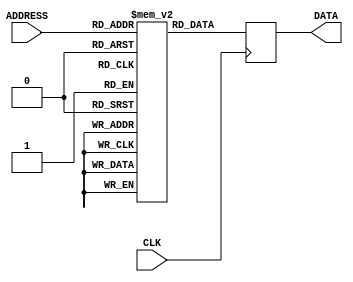
/* ============================================================================
 *  Title       : Prime number ROM
 *
 *  Project     :
 *  Block       :
 *  Tree        :
 *  Designer    : toms74209200 <https://github.com/toms74209200>
 *  Copyright   : 2019 toms74209200
 *  License     : MIT License.
 *                http://opensource.org/licenses/mit-license.php
 * ============================================================================*/
module PRIME_ROM
    (
    // System
    CLK,        //(p) Clock

    // ROM interface
    ADDRESS,    //(p) Address
    DATA        //(p) Data
    );

// Port
// System
input           CLK;        //(p) Clock

// ROM interface
input  [10:0]   ADDRESS;    //(p) Address
output [15:0]   DATA;       //(p) Data

// Internal signals
reg [15:0]      rom_prime[0:1227];  // ROM table
reg [15:0]      data_i;             // Data

/* ============================================================================
 * ROM table
 * ============================================================================*/
initial begin
rom_prime[0]    = 16'h0003;
rom_prime[1]    = 16'h0005;
rom_prime[2]    = 16'h0007;
rom_prime[3]    = 16'h000B;
rom_prime[4]    = 16'h000D;
rom_prime[5]    = 16'h0011;
rom_prime[6]    = 16'h0013;
rom_prime[7]    = 16'h0017;
rom_prime[8]    = 16'h001D;
rom_prime[9]    = 16'h001F;
rom_prime[10]   = 16'h0025;
rom_prime[11]   = 16'h0029;
rom_prime[12]   = 16'h002B;
rom_prime[13]   = 16'h002F;
rom_prime[14]   = 16'h0035;
rom_prime[15]   = 16'h003B;
rom_prime[16]   = 16'h003D;
rom_prime[17]   = 16'h0043;
rom_prime[18]   = 16'h0047;
rom_prime[19]   = 16'h0049;
rom_prime[20]   = 16'h004F;
rom_prime[21]   = 16'h0053;
rom_prime[22]   = 16'h0059;
rom_prime[23]   = 16'h0061;
rom_prime[24]   = 16'h0065;
rom_prime[25]   = 16'h0067;
rom_prime[26]   = 16'h006B;
rom_prime[27]   = 16'h006D;
rom_prime[28]   = 16'h0071;
rom_prime[29]   = 16'h007F;
rom_prime[30]   = 16'h0083;
rom_prime[31]   = 16'h0089;
rom_prime[32]   = 16'h008B;
rom_prime[33]   = 16'h0095;
rom_prime[34]   = 16'h0097;
rom_prime[35]   = 16'h009D;
rom_prime[36]   = 16'h00A3;
rom_prime[37]   = 16'h00A7;
rom_prime[38]   = 16'h00AD;
rom_prime[39]   = 16'h00B3;
rom_prime[40]   = 16'h00B5;
rom_prime[41]   = 16'h00BF;
rom_prime[42]   = 16'h00C1;
rom_prime[43]   = 16'h00C5;
rom_prime[44]   = 16'h00C7;
rom_prime[45]   = 16'h00D3;
rom_prime[46]   = 16'h00DF;
rom_prime[47]   = 16'h00E3;
rom_prime[48]   = 16'h00E5;
rom_prime[49]   = 16'h00E9;
rom_prime[50]   = 16'h00EF;
rom_prime[51]   = 16'h00F1;
rom_prime[52]   = 16'h00FB;
rom_prime[53]   = 16'h0101;
rom_prime[54]   = 16'h0107;
rom_prime[55]   = 16'h010D;
rom_prime[56]   = 16'h010F;
rom_prime[57]   = 16'h0115;
rom_prime[58]   = 16'h0119;
rom_prime[59]   = 16'h011B;
rom_prime[60]   = 16'h0125;
rom_prime[61]   = 16'h0133;
rom_prime[62]   = 16'h0137;
rom_prime[63]   = 16'h0139;
rom_prime[64]   = 16'h013D;
rom_prime[65]   = 16'h014B;
rom_prime[66]   = 16'h0151;
rom_prime[67]   = 16'h015B;
rom_prime[68]   = 16'h015D;
rom_prime[69]   = 16'h0161;
rom_prime[70]   = 16'h0167;
rom_prime[71]   = 16'h016F;
rom_prime[72]   = 16'h0175;
rom_prime[73]   = 16'h017B;
rom_prime[74]   = 16'h017F;
rom_prime[75]   = 16'h0185;
rom_prime[76]   = 16'h018D;
rom_prime[77]   = 16'h0191;
rom_prime[78]   = 16'h0199;
rom_prime[79]   = 16'h01A3;
rom_prime[80]   = 16'h01A5;
rom_prime[81]   = 16'h01AF;
rom_prime[82]   = 16'h01B1;
rom_prime[83]   = 16'h01B7;
rom_prime[84]   = 16'h01BB;
rom_prime[85]   = 16'h01C1;
rom_prime[86]   = 16'h01C9;
rom_prime[87]   = 16'h01CD;
rom_prime[88]   = 16'h01CF;
rom_prime[89]   = 16'h01D3;
rom_prime[90]   = 16'h01DF;
rom_prime[91]   = 16'h01E7;
rom_prime[92]   = 16'h01EB;
rom_prime[93]   = 16'h01F3;
rom_prime[94]   = 16'h01F7;
rom_prime[95]   = 16'h01FD;
rom_prime[96]   = 16'h0209;
rom_prime[97]   = 16'h020B;
rom_prime[98]   = 16'h021D;
rom_prime[99]   = 16'h0223;
rom_prime[100]  = 16'h022D;
rom_prime[101]  = 16'h0233;
rom_prime[102]  = 16'h0239;
rom_prime[103]  = 16'h023B;
rom_prime[104]  = 16'h0241;
rom_prime[105]  = 16'h024B;
rom_prime[106]  = 16'h0251;
rom_prime[107]  = 16'h0257;
rom_prime[108]  = 16'h0259;
rom_prime[109]  = 16'h025F;
rom_prime[110]  = 16'h0265;
rom_prime[111]  = 16'h0269;
rom_prime[112]  = 16'h026B;
rom_prime[113]  = 16'h0277;
rom_prime[114]  = 16'h0281;
rom_prime[115]  = 16'h0283;
rom_prime[116]  = 16'h0287;
rom_prime[117]  = 16'h028D;
rom_prime[118]  = 16'h0293;
rom_prime[119]  = 16'h0295;
rom_prime[120]  = 16'h02A1;
rom_prime[121]  = 16'h02A5;
rom_prime[122]  = 16'h02AB;
rom_prime[123]  = 16'h02B3;
rom_prime[124]  = 16'h02BD;
rom_prime[125]  = 16'h02C5;
rom_prime[126]  = 16'h02CF;
rom_prime[127]  = 16'h02D7;
rom_prime[128]  = 16'h02DD;
rom_prime[129]  = 16'h02E3;
rom_prime[130]  = 16'h02E7;
rom_prime[131]  = 16'h02EF;
rom_prime[132]  = 16'h02F5;
rom_prime[133]  = 16'h02F9;
rom_prime[134]  = 16'h0301;
rom_prime[135]  = 16'h0305;
rom_prime[136]  = 16'h0313;
rom_prime[137]  = 16'h031D;
rom_prime[138]  = 16'h0329;
rom_prime[139]  = 16'h032B;
rom_prime[140]  = 16'h0335;
rom_prime[141]  = 16'h0337;
rom_prime[142]  = 16'h033B;
rom_prime[143]  = 16'h033D;
rom_prime[144]  = 16'h0347;
rom_prime[145]  = 16'h0355;
rom_prime[146]  = 16'h0359;
rom_prime[147]  = 16'h035B;
rom_prime[148]  = 16'h035F;
rom_prime[149]  = 16'h036D;
rom_prime[150]  = 16'h0371;
rom_prime[151]  = 16'h0373;
rom_prime[152]  = 16'h0377;
rom_prime[153]  = 16'h038B;
rom_prime[154]  = 16'h038F;
rom_prime[155]  = 16'h0397;
rom_prime[156]  = 16'h03A1;
rom_prime[157]  = 16'h03A9;
rom_prime[158]  = 16'h03AD;
rom_prime[159]  = 16'h03B3;
rom_prime[160]  = 16'h03B9;
rom_prime[161]  = 16'h03C7;
rom_prime[162]  = 16'h03CB;
rom_prime[163]  = 16'h03D1;
rom_prime[164]  = 16'h03D7;
rom_prime[165]  = 16'h03DF;
rom_prime[166]  = 16'h03E5;
rom_prime[167]  = 16'h03F1;
rom_prime[168]  = 16'h03F5;
rom_prime[169]  = 16'h03FB;
rom_prime[170]  = 16'h03FD;
rom_prime[171]  = 16'h0407;
rom_prime[172]  = 16'h0409;
rom_prime[173]  = 16'h040F;
rom_prime[174]  = 16'h0419;
rom_prime[175]  = 16'h041B;
rom_prime[176]  = 16'h0425;
rom_prime[177]  = 16'h0427;
rom_prime[178]  = 16'h042D;
rom_prime[179]  = 16'h043F;
rom_prime[180]  = 16'h0443;
rom_prime[181]  = 16'h0445;
rom_prime[182]  = 16'h0449;
rom_prime[183]  = 16'h044F;
rom_prime[184]  = 16'h0455;
rom_prime[185]  = 16'h045D;
rom_prime[186]  = 16'h0463;
rom_prime[187]  = 16'h0469;
rom_prime[188]  = 16'h047F;
rom_prime[189]  = 16'h0481;
rom_prime[190]  = 16'h048B;
rom_prime[191]  = 16'h0493;
rom_prime[192]  = 16'h049D;
rom_prime[193]  = 16'h04A3;
rom_prime[194]  = 16'h04A9;
rom_prime[195]  = 16'h04B1;
rom_prime[196]  = 16'h04BD;
rom_prime[197]  = 16'h04C1;
rom_prime[198]  = 16'h04C7;
rom_prime[199]  = 16'h04CD;
rom_prime[200]  = 16'h04CF;
rom_prime[201]  = 16'h04D5;
rom_prime[202]  = 16'h04E1;
rom_prime[203]  = 16'h04EB;
rom_prime[204]  = 16'h04FD;
rom_prime[205]  = 16'h04FF;
rom_prime[206]  = 16'h0503;
rom_prime[207]  = 16'h0509;
rom_prime[208]  = 16'h050B;
rom_prime[209]  = 16'h0511;
rom_prime[210]  = 16'h0515;
rom_prime[211]  = 16'h0517;
rom_prime[212]  = 16'h051B;
rom_prime[213]  = 16'h0527;
rom_prime[214]  = 16'h0529;
rom_prime[215]  = 16'h052F;
rom_prime[216]  = 16'h0551;
rom_prime[217]  = 16'h0557;
rom_prime[218]  = 16'h055D;
rom_prime[219]  = 16'h0565;
rom_prime[220]  = 16'h0577;
rom_prime[221]  = 16'h0581;
rom_prime[222]  = 16'h058F;
rom_prime[223]  = 16'h0593;
rom_prime[224]  = 16'h0595;
rom_prime[225]  = 16'h0599;
rom_prime[226]  = 16'h059F;
rom_prime[227]  = 16'h05A7;
rom_prime[228]  = 16'h05AB;
rom_prime[229]  = 16'h05AD;
rom_prime[230]  = 16'h05B3;
rom_prime[231]  = 16'h05BF;
rom_prime[232]  = 16'h05C9;
rom_prime[233]  = 16'h05CB;
rom_prime[234]  = 16'h05CF;
rom_prime[235]  = 16'h05D1;
rom_prime[236]  = 16'h05D5;
rom_prime[237]  = 16'h05DB;
rom_prime[238]  = 16'h05E7;
rom_prime[239]  = 16'h05F3;
rom_prime[240]  = 16'h05FB;
rom_prime[241]  = 16'h0607;
rom_prime[242]  = 16'h060D;
rom_prime[243]  = 16'h0611;
rom_prime[244]  = 16'h0617;
rom_prime[245]  = 16'h061F;
rom_prime[246]  = 16'h0623;
rom_prime[247]  = 16'h062B;
rom_prime[248]  = 16'h062F;
rom_prime[249]  = 16'h063D;
rom_prime[250]  = 16'h0641;
rom_prime[251]  = 16'h0647;
rom_prime[252]  = 16'h0649;
rom_prime[253]  = 16'h064D;
rom_prime[254]  = 16'h0653;
rom_prime[255]  = 16'h0655;
rom_prime[256]  = 16'h065B;
rom_prime[257]  = 16'h0665;
rom_prime[258]  = 16'h0679;
rom_prime[259]  = 16'h067F;
rom_prime[260]  = 16'h0683;
rom_prime[261]  = 16'h0685;
rom_prime[262]  = 16'h069D;
rom_prime[263]  = 16'h06A1;
rom_prime[264]  = 16'h06A3;
rom_prime[265]  = 16'h06AD;
rom_prime[266]  = 16'h06B9;
rom_prime[267]  = 16'h06BB;
rom_prime[268]  = 16'h06C5;
rom_prime[269]  = 16'h06CD;
rom_prime[270]  = 16'h06D3;
rom_prime[271]  = 16'h06D9;
rom_prime[272]  = 16'h06DF;
rom_prime[273]  = 16'h06F1;
rom_prime[274]  = 16'h06F7;
rom_prime[275]  = 16'h06FB;
rom_prime[276]  = 16'h06FD;
rom_prime[277]  = 16'h0709;
rom_prime[278]  = 16'h0713;
rom_prime[279]  = 16'h071F;
rom_prime[280]  = 16'h0727;
rom_prime[281]  = 16'h0737;
rom_prime[282]  = 16'h0745;
rom_prime[283]  = 16'h074B;
rom_prime[284]  = 16'h074F;
rom_prime[285]  = 16'h0751;
rom_prime[286]  = 16'h0755;
rom_prime[287]  = 16'h0757;
rom_prime[288]  = 16'h0761;
rom_prime[289]  = 16'h076D;
rom_prime[290]  = 16'h0773;
rom_prime[291]  = 16'h0779;
rom_prime[292]  = 16'h078B;
rom_prime[293]  = 16'h078D;
rom_prime[294]  = 16'h079D;
rom_prime[295]  = 16'h079F;
rom_prime[296]  = 16'h07B5;
rom_prime[297]  = 16'h07BB;
rom_prime[298]  = 16'h07C3;
rom_prime[299]  = 16'h07C9;
rom_prime[300]  = 16'h07CD;
rom_prime[301]  = 16'h07CF;
rom_prime[302]  = 16'h07D3;
rom_prime[303]  = 16'h07DB;
rom_prime[304]  = 16'h07E1;
rom_prime[305]  = 16'h07EB;
rom_prime[306]  = 16'h07ED;
rom_prime[307]  = 16'h07F7;
rom_prime[308]  = 16'h0805;
rom_prime[309]  = 16'h080F;
rom_prime[310]  = 16'h0815;
rom_prime[311]  = 16'h0821;
rom_prime[312]  = 16'h0823;
rom_prime[313]  = 16'h0827;
rom_prime[314]  = 16'h0829;
rom_prime[315]  = 16'h0833;
rom_prime[316]  = 16'h083F;
rom_prime[317]  = 16'h0841;
rom_prime[318]  = 16'h0851;
rom_prime[319]  = 16'h0853;
rom_prime[320]  = 16'h0859;
rom_prime[321]  = 16'h085D;
rom_prime[322]  = 16'h085F;
rom_prime[323]  = 16'h0869;
rom_prime[324]  = 16'h0871;
rom_prime[325]  = 16'h0883;
rom_prime[326]  = 16'h089B;
rom_prime[327]  = 16'h089F;
rom_prime[328]  = 16'h08A5;
rom_prime[329]  = 16'h08AD;
rom_prime[330]  = 16'h08BD;
rom_prime[331]  = 16'h08BF;
rom_prime[332]  = 16'h08C3;
rom_prime[333]  = 16'h08CB;
rom_prime[334]  = 16'h08DB;
rom_prime[335]  = 16'h08DD;
rom_prime[336]  = 16'h08E1;
rom_prime[337]  = 16'h08E9;
rom_prime[338]  = 16'h08EF;
rom_prime[339]  = 16'h08F5;
rom_prime[340]  = 16'h08F9;
rom_prime[341]  = 16'h0905;
rom_prime[342]  = 16'h0907;
rom_prime[343]  = 16'h091D;
rom_prime[344]  = 16'h0923;
rom_prime[345]  = 16'h0925;
rom_prime[346]  = 16'h092B;
rom_prime[347]  = 16'h092F;
rom_prime[348]  = 16'h0935;
rom_prime[349]  = 16'h0943;
rom_prime[350]  = 16'h0949;
rom_prime[351]  = 16'h094D;
rom_prime[352]  = 16'h094F;
rom_prime[353]  = 16'h0955;
rom_prime[354]  = 16'h0959;
rom_prime[355]  = 16'h095F;
rom_prime[356]  = 16'h096B;
rom_prime[357]  = 16'h0971;
rom_prime[358]  = 16'h0977;
rom_prime[359]  = 16'h0985;
rom_prime[360]  = 16'h0989;
rom_prime[361]  = 16'h098F;
rom_prime[362]  = 16'h099B;
rom_prime[363]  = 16'h09A3;
rom_prime[364]  = 16'h09A9;
rom_prime[365]  = 16'h09AD;
rom_prime[366]  = 16'h09C7;
rom_prime[367]  = 16'h09D9;
rom_prime[368]  = 16'h09E3;
rom_prime[369]  = 16'h09EB;
rom_prime[370]  = 16'h09EF;
rom_prime[371]  = 16'h09F5;
rom_prime[372]  = 16'h09F7;
rom_prime[373]  = 16'h09FD;
rom_prime[374]  = 16'h0A13;
rom_prime[375]  = 16'h0A1F;
rom_prime[376]  = 16'h0A21;
rom_prime[377]  = 16'h0A31;
rom_prime[378]  = 16'h0A39;
rom_prime[379]  = 16'h0A3D;
rom_prime[380]  = 16'h0A49;
rom_prime[381]  = 16'h0A57;
rom_prime[382]  = 16'h0A61;
rom_prime[383]  = 16'h0A63;
rom_prime[384]  = 16'h0A67;
rom_prime[385]  = 16'h0A6F;
rom_prime[386]  = 16'h0A75;
rom_prime[387]  = 16'h0A7B;
rom_prime[388]  = 16'h0A7F;
rom_prime[389]  = 16'h0A81;
rom_prime[390]  = 16'h0A85;
rom_prime[391]  = 16'h0A8B;
rom_prime[392]  = 16'h0A93;
rom_prime[393]  = 16'h0A97;
rom_prime[394]  = 16'h0A99;
rom_prime[395]  = 16'h0A9F;
rom_prime[396]  = 16'h0AA9;
rom_prime[397]  = 16'h0AAB;
rom_prime[398]  = 16'h0AB5;
rom_prime[399]  = 16'h0ABD;
rom_prime[400]  = 16'h0AC1;
rom_prime[401]  = 16'h0ACF;
rom_prime[402]  = 16'h0AD9;
rom_prime[403]  = 16'h0AE5;
rom_prime[404]  = 16'h0AE7;
rom_prime[405]  = 16'h0AED;
rom_prime[406]  = 16'h0AF1;
rom_prime[407]  = 16'h0AF3;
rom_prime[408]  = 16'h0B03;
rom_prime[409]  = 16'h0B11;
rom_prime[410]  = 16'h0B15;
rom_prime[411]  = 16'h0B1B;
rom_prime[412]  = 16'h0B23;
rom_prime[413]  = 16'h0B29;
rom_prime[414]  = 16'h0B2D;
rom_prime[415]  = 16'h0B3F;
rom_prime[416]  = 16'h0B47;
rom_prime[417]  = 16'h0B51;
rom_prime[418]  = 16'h0B57;
rom_prime[419]  = 16'h0B5D;
rom_prime[420]  = 16'h0B65;
rom_prime[421]  = 16'h0B6F;
rom_prime[422]  = 16'h0B7B;
rom_prime[423]  = 16'h0B89;
rom_prime[424]  = 16'h0B8D;
rom_prime[425]  = 16'h0B93;
rom_prime[426]  = 16'h0B99;
rom_prime[427]  = 16'h0B9B;
rom_prime[428]  = 16'h0BB7;
rom_prime[429]  = 16'h0BB9;
rom_prime[430]  = 16'h0BC3;
rom_prime[431]  = 16'h0BCB;
rom_prime[432]  = 16'h0BCF;
rom_prime[433]  = 16'h0BDD;
rom_prime[434]  = 16'h0BE1;
rom_prime[435]  = 16'h0BE9;
rom_prime[436]  = 16'h0BF5;
rom_prime[437]  = 16'h0BFB;
rom_prime[438]  = 16'h0C07;
rom_prime[439]  = 16'h0C0B;
rom_prime[440]  = 16'h0C11;
rom_prime[441]  = 16'h0C25;
rom_prime[442]  = 16'h0C2F;
rom_prime[443]  = 16'h0C31;
rom_prime[444]  = 16'h0C41;
rom_prime[445]  = 16'h0C5B;
rom_prime[446]  = 16'h0C5F;
rom_prime[447]  = 16'h0C61;
rom_prime[448]  = 16'h0C6D;
rom_prime[449]  = 16'h0C73;
rom_prime[450]  = 16'h0C77;
rom_prime[451]  = 16'h0C83;
rom_prime[452]  = 16'h0C89;
rom_prime[453]  = 16'h0C91;
rom_prime[454]  = 16'h0C95;
rom_prime[455]  = 16'h0C9D;
rom_prime[456]  = 16'h0CB3;
rom_prime[457]  = 16'h0CB5;
rom_prime[458]  = 16'h0CB9;
rom_prime[459]  = 16'h0CBB;
rom_prime[460]  = 16'h0CC7;
rom_prime[461]  = 16'h0CE3;
rom_prime[462]  = 16'h0CE5;
rom_prime[463]  = 16'h0CEB;
rom_prime[464]  = 16'h0CF1;
rom_prime[465]  = 16'h0CF7;
rom_prime[466]  = 16'h0CFB;
rom_prime[467]  = 16'h0D01;
rom_prime[468]  = 16'h0D03;
rom_prime[469]  = 16'h0D0F;
rom_prime[470]  = 16'h0D13;
rom_prime[471]  = 16'h0D1F;
rom_prime[472]  = 16'h0D21;
rom_prime[473]  = 16'h0D2B;
rom_prime[474]  = 16'h0D2D;
rom_prime[475]  = 16'h0D3D;
rom_prime[476]  = 16'h0D3F;
rom_prime[477]  = 16'h0D4F;
rom_prime[478]  = 16'h0D55;
rom_prime[479]  = 16'h0D69;
rom_prime[480]  = 16'h0D79;
rom_prime[481]  = 16'h0D81;
rom_prime[482]  = 16'h0D85;
rom_prime[483]  = 16'h0D87;
rom_prime[484]  = 16'h0D8B;
rom_prime[485]  = 16'h0D8D;
rom_prime[486]  = 16'h0DA3;
rom_prime[487]  = 16'h0DAB;
rom_prime[488]  = 16'h0DB7;
rom_prime[489]  = 16'h0DBD;
rom_prime[490]  = 16'h0DC7;
rom_prime[491]  = 16'h0DC9;
rom_prime[492]  = 16'h0DCD;
rom_prime[493]  = 16'h0DD3;
rom_prime[494]  = 16'h0DD5;
rom_prime[495]  = 16'h0DDB;
rom_prime[496]  = 16'h0DE5;
rom_prime[497]  = 16'h0DE7;
rom_prime[498]  = 16'h0DF3;
rom_prime[499]  = 16'h0DFD;
rom_prime[500]  = 16'h0DFF;
rom_prime[501]  = 16'h0E09;
rom_prime[502]  = 16'h0E17;
rom_prime[503]  = 16'h0E1D;
rom_prime[504]  = 16'h0E21;
rom_prime[505]  = 16'h0E27;
rom_prime[506]  = 16'h0E2F;
rom_prime[507]  = 16'h0E35;
rom_prime[508]  = 16'h0E3B;
rom_prime[509]  = 16'h0E4B;
rom_prime[510]  = 16'h0E57;
rom_prime[511]  = 16'h0E59;
rom_prime[512]  = 16'h0E5D;
rom_prime[513]  = 16'h0E6B;
rom_prime[514]  = 16'h0E71;
rom_prime[515]  = 16'h0E75;
rom_prime[516]  = 16'h0E7D;
rom_prime[517]  = 16'h0E87;
rom_prime[518]  = 16'h0E8F;
rom_prime[519]  = 16'h0E95;
rom_prime[520]  = 16'h0E9B;
rom_prime[521]  = 16'h0EB1;
rom_prime[522]  = 16'h0EB7;
rom_prime[523]  = 16'h0EB9;
rom_prime[524]  = 16'h0EC3;
rom_prime[525]  = 16'h0ED1;
rom_prime[526]  = 16'h0ED5;
rom_prime[527]  = 16'h0EDB;
rom_prime[528]  = 16'h0EED;
rom_prime[529]  = 16'h0EEF;
rom_prime[530]  = 16'h0EF9;
rom_prime[531]  = 16'h0F07;
rom_prime[532]  = 16'h0F0B;
rom_prime[533]  = 16'h0F0D;
rom_prime[534]  = 16'h0F17;
rom_prime[535]  = 16'h0F25;
rom_prime[536]  = 16'h0F29;
rom_prime[537]  = 16'h0F31;
rom_prime[538]  = 16'h0F43;
rom_prime[539]  = 16'h0F47;
rom_prime[540]  = 16'h0F4D;
rom_prime[541]  = 16'h0F4F;
rom_prime[542]  = 16'h0F53;
rom_prime[543]  = 16'h0F59;
rom_prime[544]  = 16'h0F5B;
rom_prime[545]  = 16'h0F67;
rom_prime[546]  = 16'h0F6B;
rom_prime[547]  = 16'h0F7F;
rom_prime[548]  = 16'h0F95;
rom_prime[549]  = 16'h0FA1;
rom_prime[550]  = 16'h0FA3;
rom_prime[551]  = 16'h0FA7;
rom_prime[552]  = 16'h0FAD;
rom_prime[553]  = 16'h0FB3;
rom_prime[554]  = 16'h0FB5;
rom_prime[555]  = 16'h0FBB;
rom_prime[556]  = 16'h0FD1;
rom_prime[557]  = 16'h0FD3;
rom_prime[558]  = 16'h0FD9;
rom_prime[559]  = 16'h0FE9;
rom_prime[560]  = 16'h0FEF;
rom_prime[561]  = 16'h0FFB;
rom_prime[562]  = 16'h0FFD;
rom_prime[563]  = 16'h1003;
rom_prime[564]  = 16'h100F;
rom_prime[565]  = 16'h101F;
rom_prime[566]  = 16'h1021;
rom_prime[567]  = 16'h1025;
rom_prime[568]  = 16'h102B;
rom_prime[569]  = 16'h1039;
rom_prime[570]  = 16'h103D;
rom_prime[571]  = 16'h103F;
rom_prime[572]  = 16'h1051;
rom_prime[573]  = 16'h1069;
rom_prime[574]  = 16'h1073;
rom_prime[575]  = 16'h1079;
rom_prime[576]  = 16'h107B;
rom_prime[577]  = 16'h1085;
rom_prime[578]  = 16'h1087;
rom_prime[579]  = 16'h1091;
rom_prime[580]  = 16'h1093;
rom_prime[581]  = 16'h109D;
rom_prime[582]  = 16'h10A3;
rom_prime[583]  = 16'h10A5;
rom_prime[584]  = 16'h10AF;
rom_prime[585]  = 16'h10B1;
rom_prime[586]  = 16'h10BB;
rom_prime[587]  = 16'h10C1;
rom_prime[588]  = 16'h10C9;
rom_prime[589]  = 16'h10E7;
rom_prime[590]  = 16'h10F1;
rom_prime[591]  = 16'h10F3;
rom_prime[592]  = 16'h10FD;
rom_prime[593]  = 16'h1105;
rom_prime[594]  = 16'h110B;
rom_prime[595]  = 16'h1115;
rom_prime[596]  = 16'h1127;
rom_prime[597]  = 16'h112D;
rom_prime[598]  = 16'h1139;
rom_prime[599]  = 16'h1145;
rom_prime[600]  = 16'h1147;
rom_prime[601]  = 16'h1159;
rom_prime[602]  = 16'h115F;
rom_prime[603]  = 16'h1163;
rom_prime[604]  = 16'h1169;
rom_prime[605]  = 16'h116F;
rom_prime[606]  = 16'h1181;
rom_prime[607]  = 16'h1183;
rom_prime[608]  = 16'h118D;
rom_prime[609]  = 16'h119B;
rom_prime[610]  = 16'h11A1;
rom_prime[611]  = 16'h11A5;
rom_prime[612]  = 16'h11A7;
rom_prime[613]  = 16'h11AB;
rom_prime[614]  = 16'h11C3;
rom_prime[615]  = 16'h11C5;
rom_prime[616]  = 16'h11D1;
rom_prime[617]  = 16'h11D7;
rom_prime[618]  = 16'h11E7;
rom_prime[619]  = 16'h11EF;
rom_prime[620]  = 16'h11F5;
rom_prime[621]  = 16'h11FB;
rom_prime[622]  = 16'h120D;
rom_prime[623]  = 16'h121D;
rom_prime[624]  = 16'h121F;
rom_prime[625]  = 16'h1223;
rom_prime[626]  = 16'h1229;
rom_prime[627]  = 16'h122B;
rom_prime[628]  = 16'h1231;
rom_prime[629]  = 16'h1237;
rom_prime[630]  = 16'h1241;
rom_prime[631]  = 16'h1247;
rom_prime[632]  = 16'h1253;
rom_prime[633]  = 16'h125F;
rom_prime[634]  = 16'h1271;
rom_prime[635]  = 16'h1273;
rom_prime[636]  = 16'h1279;
rom_prime[637]  = 16'h127D;
rom_prime[638]  = 16'h128F;
rom_prime[639]  = 16'h1297;
rom_prime[640]  = 16'h12AF;
rom_prime[641]  = 16'h12B3;
rom_prime[642]  = 16'h12B5;
rom_prime[643]  = 16'h12B9;
rom_prime[644]  = 16'h12BF;
rom_prime[645]  = 16'h12C1;
rom_prime[646]  = 16'h12CD;
rom_prime[647]  = 16'h12D1;
rom_prime[648]  = 16'h12DF;
rom_prime[649]  = 16'h12FD;
rom_prime[650]  = 16'h1307;
rom_prime[651]  = 16'h130D;
rom_prime[652]  = 16'h1319;
rom_prime[653]  = 16'h1327;
rom_prime[654]  = 16'h132D;
rom_prime[655]  = 16'h1337;
rom_prime[656]  = 16'h1343;
rom_prime[657]  = 16'h1345;
rom_prime[658]  = 16'h1349;
rom_prime[659]  = 16'h134F;
rom_prime[660]  = 16'h1357;
rom_prime[661]  = 16'h135D;
rom_prime[662]  = 16'h1367;
rom_prime[663]  = 16'h1369;
rom_prime[664]  = 16'h136D;
rom_prime[665]  = 16'h137B;
rom_prime[666]  = 16'h1381;
rom_prime[667]  = 16'h1387;
rom_prime[668]  = 16'h138B;
rom_prime[669]  = 16'h1391;
rom_prime[670]  = 16'h1393;
rom_prime[671]  = 16'h139D;
rom_prime[672]  = 16'h139F;
rom_prime[673]  = 16'h13AF;
rom_prime[674]  = 16'h13BB;
rom_prime[675]  = 16'h13C3;
rom_prime[676]  = 16'h13D5;
rom_prime[677]  = 16'h13D9;
rom_prime[678]  = 16'h13DF;
rom_prime[679]  = 16'h13EB;
rom_prime[680]  = 16'h13ED;
rom_prime[681]  = 16'h13F3;
rom_prime[682]  = 16'h13F9;
rom_prime[683]  = 16'h13FF;
rom_prime[684]  = 16'h141B;
rom_prime[685]  = 16'h1421;
rom_prime[686]  = 16'h142F;
rom_prime[687]  = 16'h1433;
rom_prime[688]  = 16'h143B;
rom_prime[689]  = 16'h1445;
rom_prime[690]  = 16'h144D;
rom_prime[691]  = 16'h1459;
rom_prime[692]  = 16'h146B;
rom_prime[693]  = 16'h146F;
rom_prime[694]  = 16'h1471;
rom_prime[695]  = 16'h1475;
rom_prime[696]  = 16'h148D;
rom_prime[697]  = 16'h1499;
rom_prime[698]  = 16'h149F;
rom_prime[699]  = 16'h14A1;
rom_prime[700]  = 16'h14B1;
rom_prime[701]  = 16'h14B7;
rom_prime[702]  = 16'h14BD;
rom_prime[703]  = 16'h14CB;
rom_prime[704]  = 16'h14D5;
rom_prime[705]  = 16'h14E3;
rom_prime[706]  = 16'h14E7;
rom_prime[707]  = 16'h1505;
rom_prime[708]  = 16'h150B;
rom_prime[709]  = 16'h1511;
rom_prime[710]  = 16'h1517;
rom_prime[711]  = 16'h151F;
rom_prime[712]  = 16'h1525;
rom_prime[713]  = 16'h1529;
rom_prime[714]  = 16'h152B;
rom_prime[715]  = 16'h1537;
rom_prime[716]  = 16'h153D;
rom_prime[717]  = 16'h1541;
rom_prime[718]  = 16'h1543;
rom_prime[719]  = 16'h1549;
rom_prime[720]  = 16'h155F;
rom_prime[721]  = 16'h1565;
rom_prime[722]  = 16'h1567;
rom_prime[723]  = 16'h156B;
rom_prime[724]  = 16'h157D;
rom_prime[725]  = 16'h157F;
rom_prime[726]  = 16'h1583;
rom_prime[727]  = 16'h158F;
rom_prime[728]  = 16'h1591;
rom_prime[729]  = 16'h1597;
rom_prime[730]  = 16'h159B;
rom_prime[731]  = 16'h15B5;
rom_prime[732]  = 16'h15BB;
rom_prime[733]  = 16'h15C1;
rom_prime[734]  = 16'h15C5;
rom_prime[735]  = 16'h15CD;
rom_prime[736]  = 16'h15D7;
rom_prime[737]  = 16'h15F7;
rom_prime[738]  = 16'h1607;
rom_prime[739]  = 16'h1609;
rom_prime[740]  = 16'h160F;
rom_prime[741]  = 16'h1613;
rom_prime[742]  = 16'h1615;
rom_prime[743]  = 16'h1619;
rom_prime[744]  = 16'h161B;
rom_prime[745]  = 16'h1625;
rom_prime[746]  = 16'h1633;
rom_prime[747]  = 16'h1639;
rom_prime[748]  = 16'h163D;
rom_prime[749]  = 16'h1645;
rom_prime[750]  = 16'h164F;
rom_prime[751]  = 16'h1655;
rom_prime[752]  = 16'h1669;
rom_prime[753]  = 16'h166D;
rom_prime[754]  = 16'h166F;
rom_prime[755]  = 16'h1675;
rom_prime[756]  = 16'h1693;
rom_prime[757]  = 16'h1697;
rom_prime[758]  = 16'h169F;
rom_prime[759]  = 16'h16A9;
rom_prime[760]  = 16'h16AF;
rom_prime[761]  = 16'h16B5;
rom_prime[762]  = 16'h16BD;
rom_prime[763]  = 16'h16C3;
rom_prime[764]  = 16'h16CF;
rom_prime[765]  = 16'h16D3;
rom_prime[766]  = 16'h16D9;
rom_prime[767]  = 16'h16DB;
rom_prime[768]  = 16'h16E1;
rom_prime[769]  = 16'h16E5;
rom_prime[770]  = 16'h16EB;
rom_prime[771]  = 16'h16ED;
rom_prime[772]  = 16'h16F7;
rom_prime[773]  = 16'h16F9;
rom_prime[774]  = 16'h1709;
rom_prime[775]  = 16'h170F;
rom_prime[776]  = 16'h1723;
rom_prime[777]  = 16'h1727;
rom_prime[778]  = 16'h1733;
rom_prime[779]  = 16'h1741;
rom_prime[780]  = 16'h175D;
rom_prime[781]  = 16'h1763;
rom_prime[782]  = 16'h1777;
rom_prime[783]  = 16'h177B;
rom_prime[784]  = 16'h178D;
rom_prime[785]  = 16'h1795;
rom_prime[786]  = 16'h179B;
rom_prime[787]  = 16'h179F;
rom_prime[788]  = 16'h17A5;
rom_prime[789]  = 16'h17B3;
rom_prime[790]  = 16'h17B9;
rom_prime[791]  = 16'h17BF;
rom_prime[792]  = 16'h17C9;
rom_prime[793]  = 16'h17CB;
rom_prime[794]  = 16'h17D5;
rom_prime[795]  = 16'h17E1;
rom_prime[796]  = 16'h17E9;
rom_prime[797]  = 16'h17F3;
rom_prime[798]  = 16'h17F5;
rom_prime[799]  = 16'h17FF;
rom_prime[800]  = 16'h1807;
rom_prime[801]  = 16'h1813;
rom_prime[802]  = 16'h181D;
rom_prime[803]  = 16'h1835;
rom_prime[804]  = 16'h1837;
rom_prime[805]  = 16'h183B;
rom_prime[806]  = 16'h1843;
rom_prime[807]  = 16'h1849;
rom_prime[808]  = 16'h184D;
rom_prime[809]  = 16'h1855;
rom_prime[810]  = 16'h1867;
rom_prime[811]  = 16'h1871;
rom_prime[812]  = 16'h1877;
rom_prime[813]  = 16'h187D;
rom_prime[814]  = 16'h187F;
rom_prime[815]  = 16'h1885;
rom_prime[816]  = 16'h188F;
rom_prime[817]  = 16'h189B;
rom_prime[818]  = 16'h189D;
rom_prime[819]  = 16'h18A7;
rom_prime[820]  = 16'h18AD;
rom_prime[821]  = 16'h18B3;
rom_prime[822]  = 16'h18B9;
rom_prime[823]  = 16'h18C1;
rom_prime[824]  = 16'h18C7;
rom_prime[825]  = 16'h18D1;
rom_prime[826]  = 16'h18D7;
rom_prime[827]  = 16'h18D9;
rom_prime[828]  = 16'h18DF;
rom_prime[829]  = 16'h18E5;
rom_prime[830]  = 16'h18EB;
rom_prime[831]  = 16'h18F5;
rom_prime[832]  = 16'h18FD;
rom_prime[833]  = 16'h1915;
rom_prime[834]  = 16'h191B;
rom_prime[835]  = 16'h1931;
rom_prime[836]  = 16'h1933;
rom_prime[837]  = 16'h1945;
rom_prime[838]  = 16'h1949;
rom_prime[839]  = 16'h1951;
rom_prime[840]  = 16'h195B;
rom_prime[841]  = 16'h1979;
rom_prime[842]  = 16'h1981;
rom_prime[843]  = 16'h1993;
rom_prime[844]  = 16'h1997;
rom_prime[845]  = 16'h1999;
rom_prime[846]  = 16'h19A3;
rom_prime[847]  = 16'h19A9;
rom_prime[848]  = 16'h19AB;
rom_prime[849]  = 16'h19B1;
rom_prime[850]  = 16'h19B5;
rom_prime[851]  = 16'h19C7;
rom_prime[852]  = 16'h19CF;
rom_prime[853]  = 16'h19DB;
rom_prime[854]  = 16'h19ED;
rom_prime[855]  = 16'h19FD;
rom_prime[856]  = 16'h1A03;
rom_prime[857]  = 16'h1A05;
rom_prime[858]  = 16'h1A11;
rom_prime[859]  = 16'h1A17;
rom_prime[860]  = 16'h1A21;
rom_prime[861]  = 16'h1A23;
rom_prime[862]  = 16'h1A2D;
rom_prime[863]  = 16'h1A2F;
rom_prime[864]  = 16'h1A35;
rom_prime[865]  = 16'h1A3F;
rom_prime[866]  = 16'h1A4D;
rom_prime[867]  = 16'h1A51;
rom_prime[868]  = 16'h1A69;
rom_prime[869]  = 16'h1A6B;
rom_prime[870]  = 16'h1A7B;
rom_prime[871]  = 16'h1A7D;
rom_prime[872]  = 16'h1A87;
rom_prime[873]  = 16'h1A89;
rom_prime[874]  = 16'h1A93;
rom_prime[875]  = 16'h1AA7;
rom_prime[876]  = 16'h1AAB;
rom_prime[877]  = 16'h1AAD;
rom_prime[878]  = 16'h1AB1;
rom_prime[879]  = 16'h1AB9;
rom_prime[880]  = 16'h1AC9;
rom_prime[881]  = 16'h1ACF;
rom_prime[882]  = 16'h1AD5;
rom_prime[883]  = 16'h1AD7;
rom_prime[884]  = 16'h1AE3;
rom_prime[885]  = 16'h1AF3;
rom_prime[886]  = 16'h1AFB;
rom_prime[887]  = 16'h1AFF;
rom_prime[888]  = 16'h1B05;
rom_prime[889]  = 16'h1B23;
rom_prime[890]  = 16'h1B25;
rom_prime[891]  = 16'h1B2F;
rom_prime[892]  = 16'h1B31;
rom_prime[893]  = 16'h1B37;
rom_prime[894]  = 16'h1B3B;
rom_prime[895]  = 16'h1B41;
rom_prime[896]  = 16'h1B47;
rom_prime[897]  = 16'h1B4F;
rom_prime[898]  = 16'h1B55;
rom_prime[899]  = 16'h1B59;
rom_prime[900]  = 16'h1B65;
rom_prime[901]  = 16'h1B6B;
rom_prime[902]  = 16'h1B73;
rom_prime[903]  = 16'h1B7F;
rom_prime[904]  = 16'h1B83;
rom_prime[905]  = 16'h1B91;
rom_prime[906]  = 16'h1B9D;
rom_prime[907]  = 16'h1BA7;
rom_prime[908]  = 16'h1BBF;
rom_prime[909]  = 16'h1BC5;
rom_prime[910]  = 16'h1BD1;
rom_prime[911]  = 16'h1BD7;
rom_prime[912]  = 16'h1BD9;
rom_prime[913]  = 16'h1BEF;
rom_prime[914]  = 16'h1BF7;
rom_prime[915]  = 16'h1C09;
rom_prime[916]  = 16'h1C13;
rom_prime[917]  = 16'h1C19;
rom_prime[918]  = 16'h1C27;
rom_prime[919]  = 16'h1C2B;
rom_prime[920]  = 16'h1C2D;
rom_prime[921]  = 16'h1C33;
rom_prime[922]  = 16'h1C3D;
rom_prime[923]  = 16'h1C45;
rom_prime[924]  = 16'h1C4B;
rom_prime[925]  = 16'h1C4F;
rom_prime[926]  = 16'h1C55;
rom_prime[927]  = 16'h1C73;
rom_prime[928]  = 16'h1C81;
rom_prime[929]  = 16'h1C8B;
rom_prime[930]  = 16'h1C8D;
rom_prime[931]  = 16'h1C99;
rom_prime[932]  = 16'h1CA3;
rom_prime[933]  = 16'h1CA5;
rom_prime[934]  = 16'h1CB5;
rom_prime[935]  = 16'h1CB7;
rom_prime[936]  = 16'h1CC9;
rom_prime[937]  = 16'h1CE1;
rom_prime[938]  = 16'h1CF3;
rom_prime[939]  = 16'h1CF9;
rom_prime[940]  = 16'h1D09;
rom_prime[941]  = 16'h1D1B;
rom_prime[942]  = 16'h1D21;
rom_prime[943]  = 16'h1D23;
rom_prime[944]  = 16'h1D35;
rom_prime[945]  = 16'h1D39;
rom_prime[946]  = 16'h1D3F;
rom_prime[947]  = 16'h1D41;
rom_prime[948]  = 16'h1D4B;
rom_prime[949]  = 16'h1D53;
rom_prime[950]  = 16'h1D5D;
rom_prime[951]  = 16'h1D63;
rom_prime[952]  = 16'h1D69;
rom_prime[953]  = 16'h1D71;
rom_prime[954]  = 16'h1D75;
rom_prime[955]  = 16'h1D7B;
rom_prime[956]  = 16'h1D7D;
rom_prime[957]  = 16'h1D87;
rom_prime[958]  = 16'h1D89;
rom_prime[959]  = 16'h1D95;
rom_prime[960]  = 16'h1D99;
rom_prime[961]  = 16'h1D9F;
rom_prime[962]  = 16'h1DA5;
rom_prime[963]  = 16'h1DA7;
rom_prime[964]  = 16'h1DB3;
rom_prime[965]  = 16'h1DB7;
rom_prime[966]  = 16'h1DC5;
rom_prime[967]  = 16'h1DD7;
rom_prime[968]  = 16'h1DDB;
rom_prime[969]  = 16'h1DE1;
rom_prime[970]  = 16'h1DF5;
rom_prime[971]  = 16'h1DF9;
rom_prime[972]  = 16'h1E01;
rom_prime[973]  = 16'h1E07;
rom_prime[974]  = 16'h1E0B;
rom_prime[975]  = 16'h1E13;
rom_prime[976]  = 16'h1E17;
rom_prime[977]  = 16'h1E25;
rom_prime[978]  = 16'h1E2B;
rom_prime[979]  = 16'h1E2F;
rom_prime[980]  = 16'h1E3D;
rom_prime[981]  = 16'h1E49;
rom_prime[982]  = 16'h1E4D;
rom_prime[983]  = 16'h1E4F;
rom_prime[984]  = 16'h1E6D;
rom_prime[985]  = 16'h1E71;
rom_prime[986]  = 16'h1E89;
rom_prime[987]  = 16'h1E8F;
rom_prime[988]  = 16'h1E95;
rom_prime[989]  = 16'h1EA1;
rom_prime[990]  = 16'h1EAD;
rom_prime[991]  = 16'h1EBB;
rom_prime[992]  = 16'h1EC1;
rom_prime[993]  = 16'h1EC5;
rom_prime[994]  = 16'h1EC7;
rom_prime[995]  = 16'h1ECB;
rom_prime[996]  = 16'h1EDD;
rom_prime[997]  = 16'h1EE3;
rom_prime[998]  = 16'h1EEF;
rom_prime[999]  = 16'h1EF7;
rom_prime[1000] = 16'h1EFD;
rom_prime[1001] = 16'h1F01;
rom_prime[1002] = 16'h1F0D;
rom_prime[1003] = 16'h1F0F;
rom_prime[1004] = 16'h1F1B;
rom_prime[1005] = 16'h1F39;
rom_prime[1006] = 16'h1F49;
rom_prime[1007] = 16'h1F4B;
rom_prime[1008] = 16'h1F51;
rom_prime[1009] = 16'h1F67;
rom_prime[1010] = 16'h1F75;
rom_prime[1011] = 16'h1F7B;
rom_prime[1012] = 16'h1F85;
rom_prime[1013] = 16'h1F91;
rom_prime[1014] = 16'h1F97;
rom_prime[1015] = 16'h1F99;
rom_prime[1016] = 16'h1F9D;
rom_prime[1017] = 16'h1FA5;
rom_prime[1018] = 16'h1FAF;
rom_prime[1019] = 16'h1FB5;
rom_prime[1020] = 16'h1FBB;
rom_prime[1021] = 16'h1FD3;
rom_prime[1022] = 16'h1FE1;
rom_prime[1023] = 16'h1FE7;
rom_prime[1024] = 16'h1FEB;
rom_prime[1025] = 16'h1FF3;
rom_prime[1026] = 16'h1FFF;
rom_prime[1027] = 16'h2011;
rom_prime[1028] = 16'h201B;
rom_prime[1029] = 16'h201D;
rom_prime[1030] = 16'h2027;
rom_prime[1031] = 16'h2029;
rom_prime[1032] = 16'h202D;
rom_prime[1033] = 16'h2033;
rom_prime[1034] = 16'h2047;
rom_prime[1035] = 16'h204D;
rom_prime[1036] = 16'h2051;
rom_prime[1037] = 16'h205F;
rom_prime[1038] = 16'h2063;
rom_prime[1039] = 16'h2065;
rom_prime[1040] = 16'h2069;
rom_prime[1041] = 16'h2077;
rom_prime[1042] = 16'h207D;
rom_prime[1043] = 16'h2089;
rom_prime[1044] = 16'h20A1;
rom_prime[1045] = 16'h20AB;
rom_prime[1046] = 16'h20B1;
rom_prime[1047] = 16'h20B9;
rom_prime[1048] = 16'h20C3;
rom_prime[1049] = 16'h20C5;
rom_prime[1050] = 16'h20E3;
rom_prime[1051] = 16'h20E7;
rom_prime[1052] = 16'h20ED;
rom_prime[1053] = 16'h20EF;
rom_prime[1054] = 16'h20FB;
rom_prime[1055] = 16'h20FF;
rom_prime[1056] = 16'h210D;
rom_prime[1057] = 16'h2113;
rom_prime[1058] = 16'h2135;
rom_prime[1059] = 16'h2141;
rom_prime[1060] = 16'h2149;
rom_prime[1061] = 16'h214F;
rom_prime[1062] = 16'h2159;
rom_prime[1063] = 16'h215B;
rom_prime[1064] = 16'h215F;
rom_prime[1065] = 16'h2173;
rom_prime[1066] = 16'h217D;
rom_prime[1067] = 16'h2185;
rom_prime[1068] = 16'h2195;
rom_prime[1069] = 16'h2197;
rom_prime[1070] = 16'h21A1;
rom_prime[1071] = 16'h21AF;
rom_prime[1072] = 16'h21B3;
rom_prime[1073] = 16'h21B5;
rom_prime[1074] = 16'h21C1;
rom_prime[1075] = 16'h21C7;
rom_prime[1076] = 16'h21D7;
rom_prime[1077] = 16'h21DD;
rom_prime[1078] = 16'h21E5;
rom_prime[1079] = 16'h21E9;
rom_prime[1080] = 16'h21F1;
rom_prime[1081] = 16'h21F5;
rom_prime[1082] = 16'h21FB;
rom_prime[1083] = 16'h2203;
rom_prime[1084] = 16'h2209;
rom_prime[1085] = 16'h220F;
rom_prime[1086] = 16'h221B;
rom_prime[1087] = 16'h2221;
rom_prime[1088] = 16'h2225;
rom_prime[1089] = 16'h222B;
rom_prime[1090] = 16'h2231;
rom_prime[1091] = 16'h2239;
rom_prime[1092] = 16'h224B;
rom_prime[1093] = 16'h224F;
rom_prime[1094] = 16'h2263;
rom_prime[1095] = 16'h2267;
rom_prime[1096] = 16'h2273;
rom_prime[1097] = 16'h2275;
rom_prime[1098] = 16'h227F;
rom_prime[1099] = 16'h2285;
rom_prime[1100] = 16'h2287;
rom_prime[1101] = 16'h2291;
rom_prime[1102] = 16'h229D;
rom_prime[1103] = 16'h229F;
rom_prime[1104] = 16'h22A3;
rom_prime[1105] = 16'h22B7;
rom_prime[1106] = 16'h22BD;
rom_prime[1107] = 16'h22DB;
rom_prime[1108] = 16'h22E1;
rom_prime[1109] = 16'h22E5;
rom_prime[1110] = 16'h22ED;
rom_prime[1111] = 16'h22F7;
rom_prime[1112] = 16'h2303;
rom_prime[1113] = 16'h2309;
rom_prime[1114] = 16'h230B;
rom_prime[1115] = 16'h2327;
rom_prime[1116] = 16'h2329;
rom_prime[1117] = 16'h232F;
rom_prime[1118] = 16'h2333;
rom_prime[1119] = 16'h2335;
rom_prime[1120] = 16'h2345;
rom_prime[1121] = 16'h2351;
rom_prime[1122] = 16'h2353;
rom_prime[1123] = 16'h2359;
rom_prime[1124] = 16'h2363;
rom_prime[1125] = 16'h236B;
rom_prime[1126] = 16'h2383;
rom_prime[1127] = 16'h238F;
rom_prime[1128] = 16'h2395;
rom_prime[1129] = 16'h23A7;
rom_prime[1130] = 16'h23AD;
rom_prime[1131] = 16'h23B1;
rom_prime[1132] = 16'h23BF;
rom_prime[1133] = 16'h23C5;
rom_prime[1134] = 16'h23C9;
rom_prime[1135] = 16'h23D5;
rom_prime[1136] = 16'h23DD;
rom_prime[1137] = 16'h23E3;
rom_prime[1138] = 16'h23EF;
rom_prime[1139] = 16'h23F3;
rom_prime[1140] = 16'h23F9;
rom_prime[1141] = 16'h2405;
rom_prime[1142] = 16'h240B;
rom_prime[1143] = 16'h2417;
rom_prime[1144] = 16'h2419;
rom_prime[1145] = 16'h2429;
rom_prime[1146] = 16'h243D;
rom_prime[1147] = 16'h2441;
rom_prime[1148] = 16'h2443;
rom_prime[1149] = 16'h244D;
rom_prime[1150] = 16'h245F;
rom_prime[1151] = 16'h2467;
rom_prime[1152] = 16'h246B;
rom_prime[1153] = 16'h2479;
rom_prime[1154] = 16'h247D;
rom_prime[1155] = 16'h247F;
rom_prime[1156] = 16'h2485;
rom_prime[1157] = 16'h249B;
rom_prime[1158] = 16'h24A1;
rom_prime[1159] = 16'h24AF;
rom_prime[1160] = 16'h24B5;
rom_prime[1161] = 16'h24BB;
rom_prime[1162] = 16'h24C5;
rom_prime[1163] = 16'h24CB;
rom_prime[1164] = 16'h24CD;
rom_prime[1165] = 16'h24D7;
rom_prime[1166] = 16'h24D9;
rom_prime[1167] = 16'h24DD;
rom_prime[1168] = 16'h24DF;
rom_prime[1169] = 16'h24F5;
rom_prime[1170] = 16'h24F7;
rom_prime[1171] = 16'h24FB;
rom_prime[1172] = 16'h2501;
rom_prime[1173] = 16'h2507;
rom_prime[1174] = 16'h2513;
rom_prime[1175] = 16'h2519;
rom_prime[1176] = 16'h2527;
rom_prime[1177] = 16'h2531;
rom_prime[1178] = 16'h253D;
rom_prime[1179] = 16'h2543;
rom_prime[1180] = 16'h254B;
rom_prime[1181] = 16'h254F;
rom_prime[1182] = 16'h2573;
rom_prime[1183] = 16'h2581;
rom_prime[1184] = 16'h258D;
rom_prime[1185] = 16'h2593;
rom_prime[1186] = 16'h2597;
rom_prime[1187] = 16'h259D;
rom_prime[1188] = 16'h259F;
rom_prime[1189] = 16'h25AB;
rom_prime[1190] = 16'h25B1;
rom_prime[1191] = 16'h25BD;
rom_prime[1192] = 16'h25CD;
rom_prime[1193] = 16'h25CF;
rom_prime[1194] = 16'h25D9;
rom_prime[1195] = 16'h25E1;
rom_prime[1196] = 16'h25F7;
rom_prime[1197] = 16'h25F9;
rom_prime[1198] = 16'h2605;
rom_prime[1199] = 16'h260B;
rom_prime[1200] = 16'h260F;
rom_prime[1201] = 16'h2615;
rom_prime[1202] = 16'h2627;
rom_prime[1203] = 16'h2629;
rom_prime[1204] = 16'h2635;
rom_prime[1205] = 16'h263B;
rom_prime[1206] = 16'h263F;
rom_prime[1207] = 16'h264B;
rom_prime[1208] = 16'h2653;
rom_prime[1209] = 16'h2659;
rom_prime[1210] = 16'h2665;
rom_prime[1211] = 16'h2669;
rom_prime[1212] = 16'h266F;
rom_prime[1213] = 16'h267B;
rom_prime[1214] = 16'h2681;
rom_prime[1215] = 16'h2683;
rom_prime[1216] = 16'h268F;
rom_prime[1217] = 16'h269B;
rom_prime[1218] = 16'h269F;
rom_prime[1219] = 16'h26AD;
rom_prime[1220] = 16'h26B3;
rom_prime[1221] = 16'h26C3;
rom_prime[1222] = 16'h26C9;
rom_prime[1223] = 16'h26CB;
rom_prime[1224] = 16'h26D5;
rom_prime[1225] = 16'h26DD;
rom_prime[1226] = 16'h26EF;
rom_prime[1227] = 16'h26F5;
end

/* ============================================================================
 * ROM output
 * ============================================================================*/
always @(posedge CLK) begin
    data_i <= rom_prime[ADDRESS];
end

assign DATA = data_i;

endmodule    //PRIME_ROM